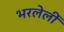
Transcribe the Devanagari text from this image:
भरलेलीं